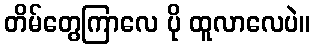
တိမ်တွေကြာလေ ပို ထူလာလေပဲ။